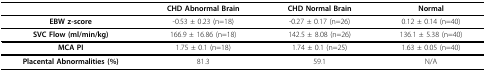
|  | CHD Abnormal Brain | CHD Normal Brain | Normal |
 | --- | --- | --- | --- |
 | EBW z-score | -0.53 ± 0.23 (n=18) | -0.27 ± 0.17 (n=26) | 0.12 ± 0.14 (n=40) |
 | SVC Flow (ml/min/kg) | 166.9 ± 16.86 (n=18) | 142.5 ± 8.08 (n=26) | 136.1 ± 5.38 (n=40) |
 | MCA PI | 1.75 ± 0.1 (n=18) | 1.74 ± 0.1 (n=25) | 1.63 ± 0.05 (n=40) |
 | Placental Abnormalities (%) | 81.3 | 59.1 | N/A |